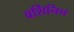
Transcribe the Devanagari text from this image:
वर्शिनिन